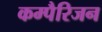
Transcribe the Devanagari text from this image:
कम्पैरिजन